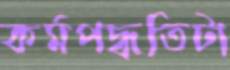
কর্মপদ্ধতিটা